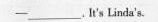
—___.It's Linda's.